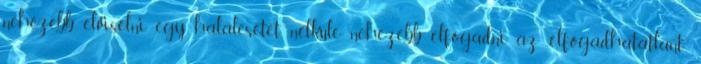
nehezebb elviselni egy halálesetet, nélküle nehezebb elfogadni az „elfogadhatatlant”.